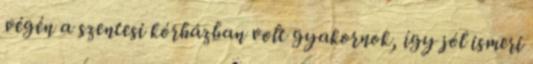
végén a szentesi kórházban volt gyakornok, így jól ismeri